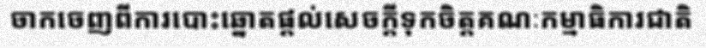
ចាកចេញពីការបោះឆ្នោតផ្តល់សេចក្តីទុកចិត្តគណៈកម្មាធិការជាតិ